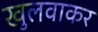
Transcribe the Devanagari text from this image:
खुलवाकर